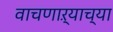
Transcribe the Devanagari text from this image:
वाचणाऱ्याच्या